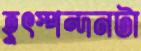
হূৎস্পন্দনটা